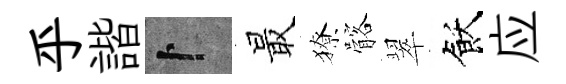
乎諧卜最獠髂翠飫应